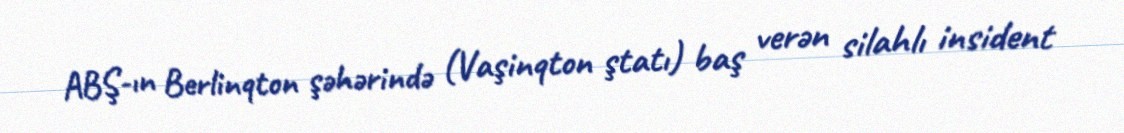
ABŞ-ın Berlinqton şəhərində (Vaşinqton ştatı) baş verən silahlı insident